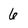
Character: 6